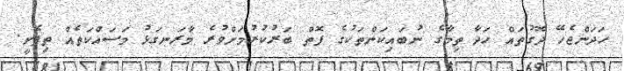
ހަދަންޖެހޭ ދޮގުތައް ހަދާ ތިމާގެ ނުބައިކަންތަކުގެ ފޮތް ބަރުކުރުމަށްވުރެ މާރަނގަޅު މަސައްކަތެއް ތިފެށީ.